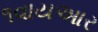
૧વાયઆર